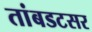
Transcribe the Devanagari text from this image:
तांबडटसर